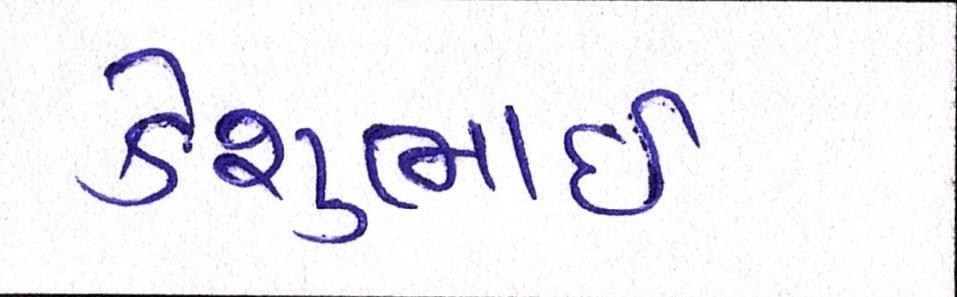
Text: કેશુભાઈ